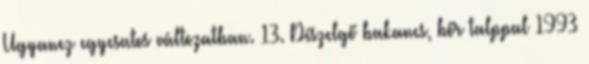
Ugyanez egycsatos változatban. 13. Díszelgő bakancs, bőr talppal 1993